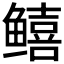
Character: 𬶮